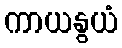
ကာယနွယံ